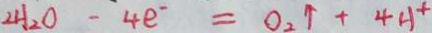
2 H _ { 2 } O - 4 e ^ { - } = O _ { 2 } \uparrow + 4 H ^ { + }